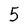
Character: 5